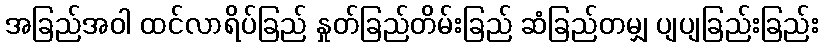
အခြည်အဝါ ထင်လာရိပ်ခြည် နှုတ်ခြည်တိမ်းခြည် ဆံခြည်တမျှ ပျပျခြည်းခြည်း